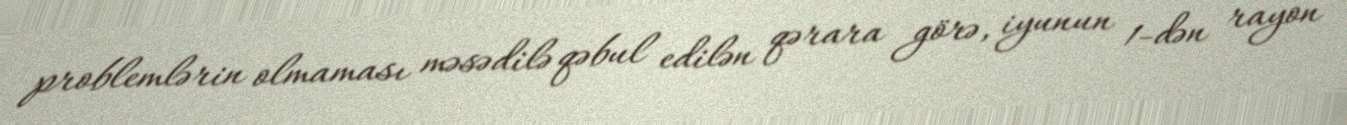
problemlərin olmaması məsədilə qəbul edilən qərara görə, iyunun 1-dən rayon